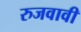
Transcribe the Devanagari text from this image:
रुजवावी